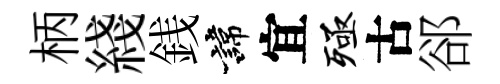
柄綫銭諱宜殛古郤